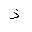
Letter: _thal